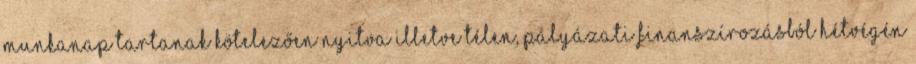
munkanap tartanak kötelezően nyitva illetve télen, pályázati finanszírozásból hétvégén